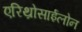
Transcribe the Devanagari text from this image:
एरिथ्रोसाईलोन